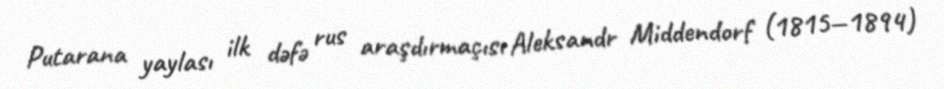
Putarana yaylası ilk dəfə rus araşdırmaçısı Aleksandr Middendorf (1815—1894)